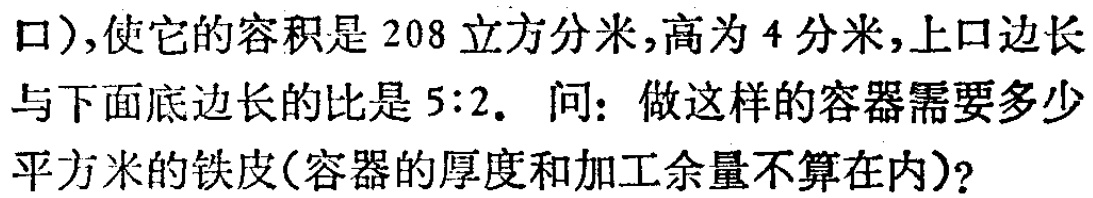
口),使它的容积是 208 立方分米,高为 4 分米,上口边长
与下面底边长的比是 5:2. 问: 做这样的容器需要多少
平方米的铁皮(容器的厚度和加工余量不算在内)?